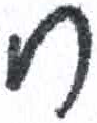
אות: ח